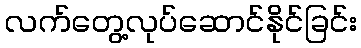
လက်တွေ့လုပ်ဆောင်နိုင်ခြင်း